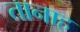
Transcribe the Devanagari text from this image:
तानाह